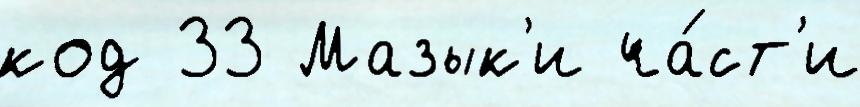
код 33 Мазык'и ча́ст'и